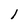
Character: 1